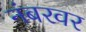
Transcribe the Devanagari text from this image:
नंबरवर